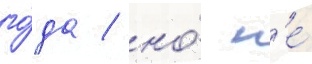
го́да / но́ н'е́